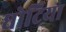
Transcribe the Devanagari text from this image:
घोटिया